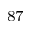
^ { 8 7 }